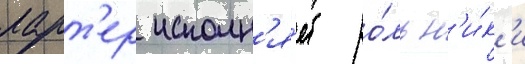
ларт'ер исполн'я́ет ро́ль н'и́к'и